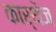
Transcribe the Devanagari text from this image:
कार्थेंज